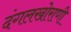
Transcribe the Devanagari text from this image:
दंगलखोराणी